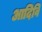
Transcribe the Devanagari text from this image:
आदिवि